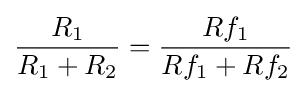
{\frac {R_{1}}{R_{1}+R_{2}}}={\frac {Rf_{1}}{Rf_{1}+Rf_{2}}}